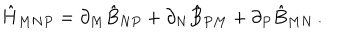
\hat { H } _ { M N P } = \partial _ { M } \hat { B } _ { N P } + \partial _ { N } \hat { B } _ { P M } + \partial _ { P } \hat { B } _ { M N } \, .